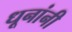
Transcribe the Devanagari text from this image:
धूनांनी